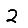
Digit: 2